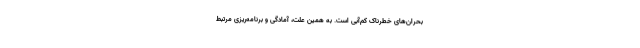
بحران‌های خطرناک کم‌آبی است. به همین علت، آمادگی و برنامه‌ریزی مرتبط